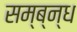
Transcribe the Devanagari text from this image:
सम्ब्न्ध